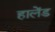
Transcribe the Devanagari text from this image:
हालेंड